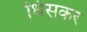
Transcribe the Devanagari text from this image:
धिसकर